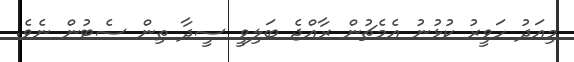
މިއަދު ހަވީރު ކުޅުނު އެމެޗުން ރާއްޖެ ބަލިވީ ސީދާ ތިން ސެޓުން ނެވެ.